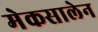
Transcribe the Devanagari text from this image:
मेकसालेन